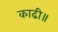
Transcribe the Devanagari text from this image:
काढी॥